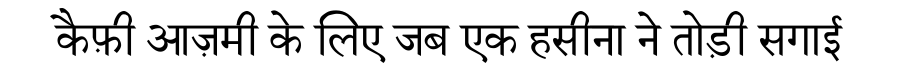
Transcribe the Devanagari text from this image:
कैफ़ी आज़मी के लिए जब एक हसीना ने तोड़ी सगाई